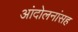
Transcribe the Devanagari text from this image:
आंदोलनांसह